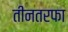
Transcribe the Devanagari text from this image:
तीनतरफा